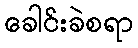
ခေါင်းခဲစရာ